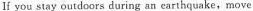
lf you stay outdoors during an earthquake,move